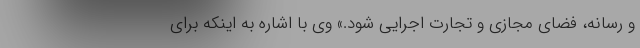
و رسانه، فضای مجازی و تجارت اجرایی شود.» وی با اشاره به اینکه برای